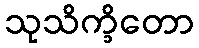
သုသိက္ခိတော